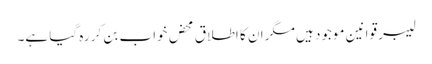
لیبر قوانین موجود ہیں مگر ان کا اطلاق محض خواب بن کر رہ گیا ہے۔